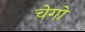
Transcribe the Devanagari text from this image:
चेगो